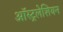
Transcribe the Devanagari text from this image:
ऑस्ट्रलेशियन